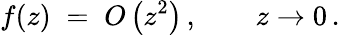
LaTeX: f(z)\; =\; O\left(z^{2}\right)\, ,\qquad z\to 0\, .